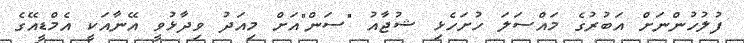
ފުލުހުންނަށް އަބުރުގެ މައްސަލަ ހުށަހެޅި ޝުޖާއު "ސަން"އަށް މިއަދު ވިދާޅުވީ އޭނާއަކީ އެމްޑީއޭގެ